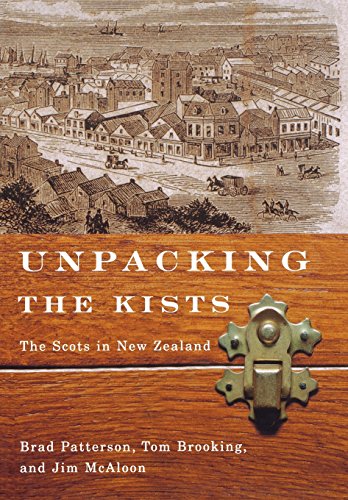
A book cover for Unpacking the Kists: The Scots in New Zealand (McGill-Queen's Studies in Ethnic History); Brad Patterson; History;